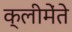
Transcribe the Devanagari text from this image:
क्लीमेंते